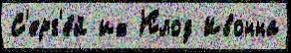
С'ерг'е́й их Клод Ивонна